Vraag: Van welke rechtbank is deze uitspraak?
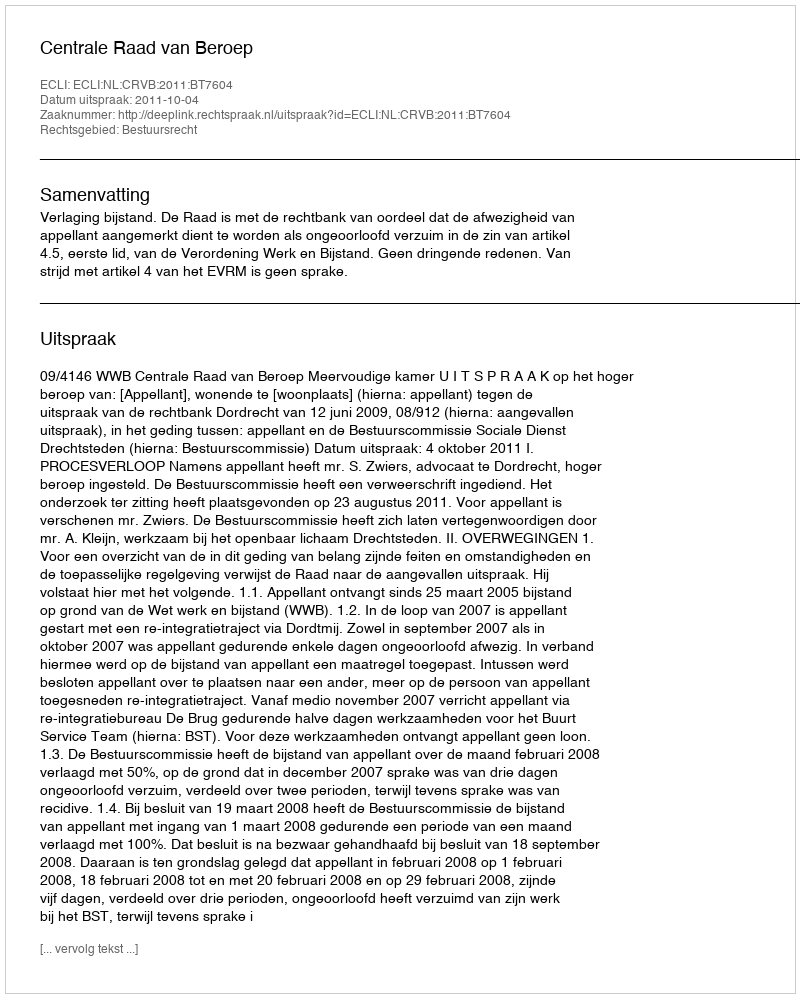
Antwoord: Centrale Raad van Beroep